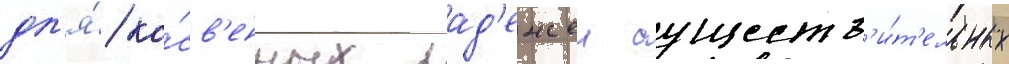
дл'я́ ко́св'енных пад'ежеи существ'и́т'ельных